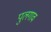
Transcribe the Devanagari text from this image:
पुलगाव